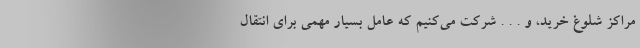
مراکز شلوغ خرید، و . . . شرکت می‌کنیم که عامل بسیار مهمی برای انتقال